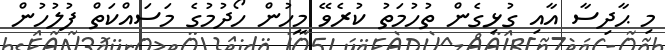
މި ޙާދިސާ އާއި ގުޅިގެން ތުހުމަތު ކުރެވޭ މީހުން ހޯދުމުގެ މަސައްކަތް ފުލުހުން